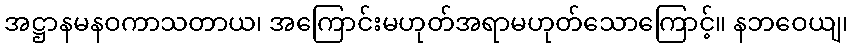
အဋ္ဌာနမနဝကာသတာယ၊ အကြောင်းမဟုတ်အရာမဟုတ်သောကြောင့်။ နဘဝေယျ၊